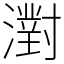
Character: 濧